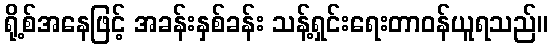
ရို့စ်အနေဖြင့် အခန်းနှစ်ခန်း သန့်ရှင်းရေးတာဝန်ယူရသည်။